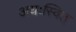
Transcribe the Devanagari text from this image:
अधःस्वित्